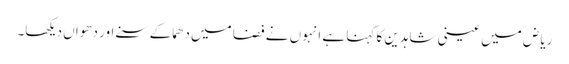
ریاض میں عینی شاہدین کا کہنا ہے انہوں نے فضا میں دھماکے سنے اور دھواں دیکھا۔